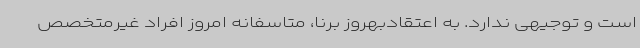
است و توجیهی ندارد. به اعتقادبهروز برنا، متاسفانه امروز افراد غیرمتخصص